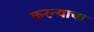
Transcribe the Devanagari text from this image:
करन्याचा